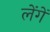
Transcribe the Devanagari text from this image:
लेंगें